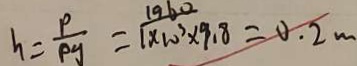
h = \frac { P } { \rho y } = \frac { 1 9 6 0 } { 1 \times 1 0 ^ { 3 } \times 9 . 8 } = 0 . 2 m